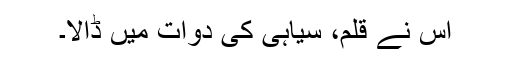
اس نے قلم، سیاہی کی دوات میں ڈالا۔